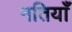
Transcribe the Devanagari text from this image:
नतियाँ